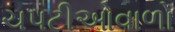
ચપટીઓવાળો